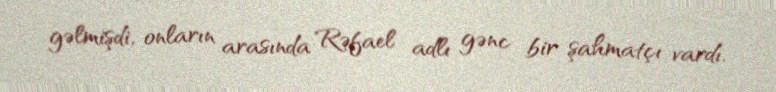
gəlmişdi, onların arasında Rəfael adlı gənc bir şahmatçı vardı.